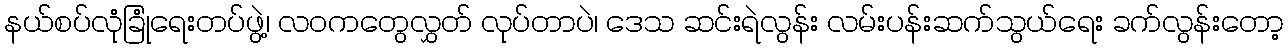
နယ်စပ်လုံခြုံရေးတပ်ဖွဲ့၊ လဝကတွေလွှတ် လုပ်တာပဲ၊ ဒေသ ဆင်းရဲလွန်း လမ်းပန်းဆက်သွယ်ရေး ခက်လွန်းတော့